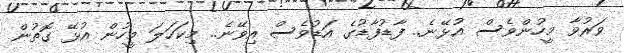
ވަރުވާ މީހުންވެސް އުޅޭނެ.. ފާޑުފާޑުގެ އަޑުވެސް އިވޭނެ.. މިކަހަލަ މީހުން އުޅޭ ގޮތުން